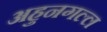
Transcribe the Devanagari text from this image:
अहुनगल्ल